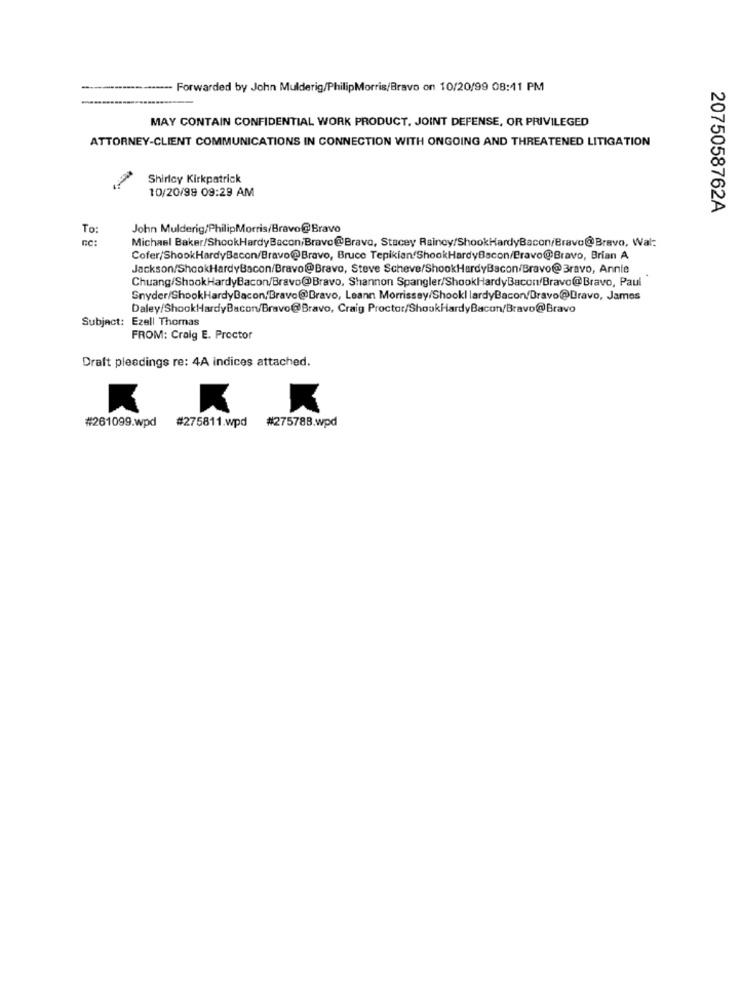
------ Forwarded by John Mulderig/PhilipMorris/Bravo on 10/20/99 08:11 PM
MAY CONTAIN CONFIDENTIAL WORK PRODUCT, JOINT DEFENSE, OR PRIVILEGED
ATTORNEY-CLIENT COMMUNICATIONS IN CONNECTION WITH ONGOING AND THREATENED LITIGATION
Shirley Kirkpatrick
10/20/99 09:29 AM
2075058762A
To:
John Mulderig/PhilipMorris/Bravo@Bravo
EC:
Michael Baker/ShookHardyBacon/Brave@Bravo, Stacey Raincy/ShookHardyBacon/Bravo@Bravo, Wal:
Cofer/ShookHardyBacon/Bravo@Bravo, Bruce Tepikian ShookHardyBacon/Bravo@Bravo, Brian A
Jackson/ShookHardyBacon/Bravo@Bravo, Steve Scheve/ShookHardyBacon/Bravo@3ravo, Annie
Chuang/ShookHardyBacon/Bravo@Bravo, Shannon Spangler/ShookHardyBacon/Bravo@Bravo, Paul
Snyder/ShookHardyBacon, Bravo@Bravo, Leann Morrissey/Shookl lardyBacon/Bravo@Bravo, James
Daley/ShookHardyBacon/Bravo@Bravo, Craig Proctor/ShookHardyBacon/Bravo@Bravo
Subject: Ezell Thomas
FROM: Craig E. Proctor
Draft pleedings re: 4A indices attached.
#275811.wpd #275788.wpd
#261099.wpd